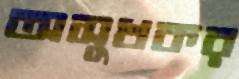
অসুখকর